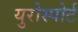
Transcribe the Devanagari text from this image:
युरोस्पोर्ट